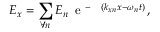
E _ { x } = \displaystyle \sum _ { \forall n } E _ { n } \, \mathrm { ~ e ~ } ^ { - \mathrm { ~ \j ~ } ( k _ { x n } x - \omega _ { n } t ) } \, ,